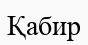
Қабир